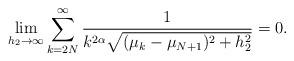
LaTeX: \begin{align*}\lim_{h_2 \to \infty} \sum_{k=2 N}^{\infty} \frac{1}{k^{2\alpha} \sqrt{(\mu_k-\mu_{N+1})^2 + h_2^2}} = 0.\end{align*}